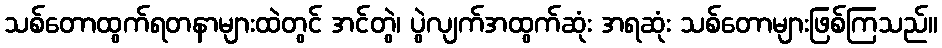
သစ်တောထွက်ရတနာများထဲတွင် အင်တွဲ၊ ပွဲလျက်အထွက်ဆုံး အရဆုံး သစ်တောများဖြစ်ကြသည်။